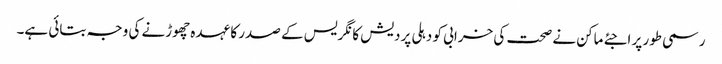
رسمی طور پر اجئے ماکن نے صحت کی خرابی کو دہلی پردیش کانگریس کے صدر کا عہدہ چھوڑنے کی وجہ بتائی ہے۔